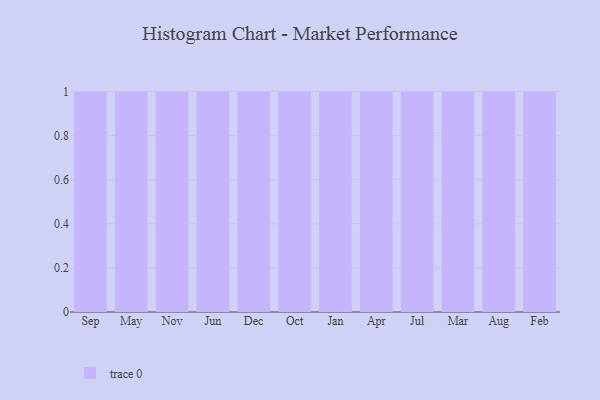
{"axis": {"x": "Month", "y": "Inventory Turnover"}, "legend": [""], "data": [{"x": "Sep", "y": 53, "type": ""}, {"x": "May", "y": 99, "type": ""}, {"x": "Nov", "y": 38, "type": ""}, {"x": "Jun", "y": 96, "type": ""}, {"x": "Dec", "y": 25, "type": ""}, {"x": "Oct", "y": 47, "type": ""}, {"x": "Jan", "y": 82, "type": ""}, {"x": "Apr", "y": 95, "type": ""}, {"x": "Jul", "y": 64, "type": ""}, {"x": "Mar", "y": 81, "type": ""}, {"x": "Aug", "y": 74, "type": ""}, {"x": "Feb", "y": 57, "type": ""}]}